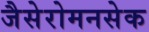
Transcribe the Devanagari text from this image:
जैसेरोमनसेक